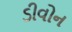
ડીવોન